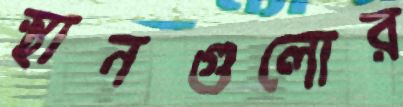
স্থানগুলোর